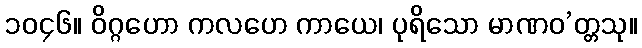
၁၀၄၆။ ဝိဂ္ဂဟော ကလဟေ ကာယေ၊ ပုရိသော မာဏဝ’တ္တသု။